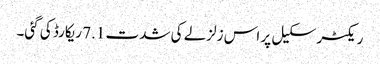
ریکٹر سکیل پر اس زلزلے کی شدت 7.1 ریکارڈ کی گئی۔